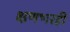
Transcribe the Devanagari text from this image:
क्षणभरही